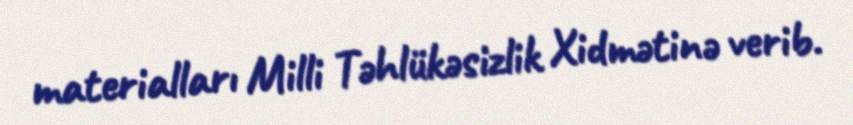
materialları Milli Təhlükəsizlik Xidmətinə verib.